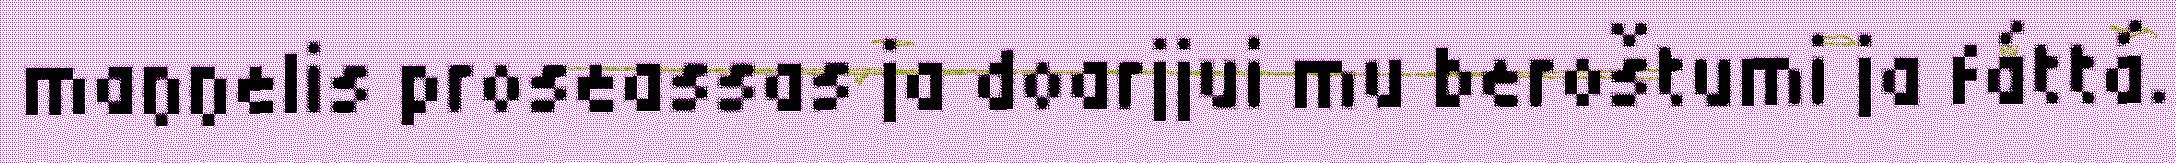
maŋŋelis proseassas ja doarjjui mu beroštumi ja fáttá.